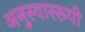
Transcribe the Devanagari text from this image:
अनुस्वाररूपी